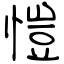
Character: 愷